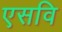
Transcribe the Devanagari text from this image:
एसवि